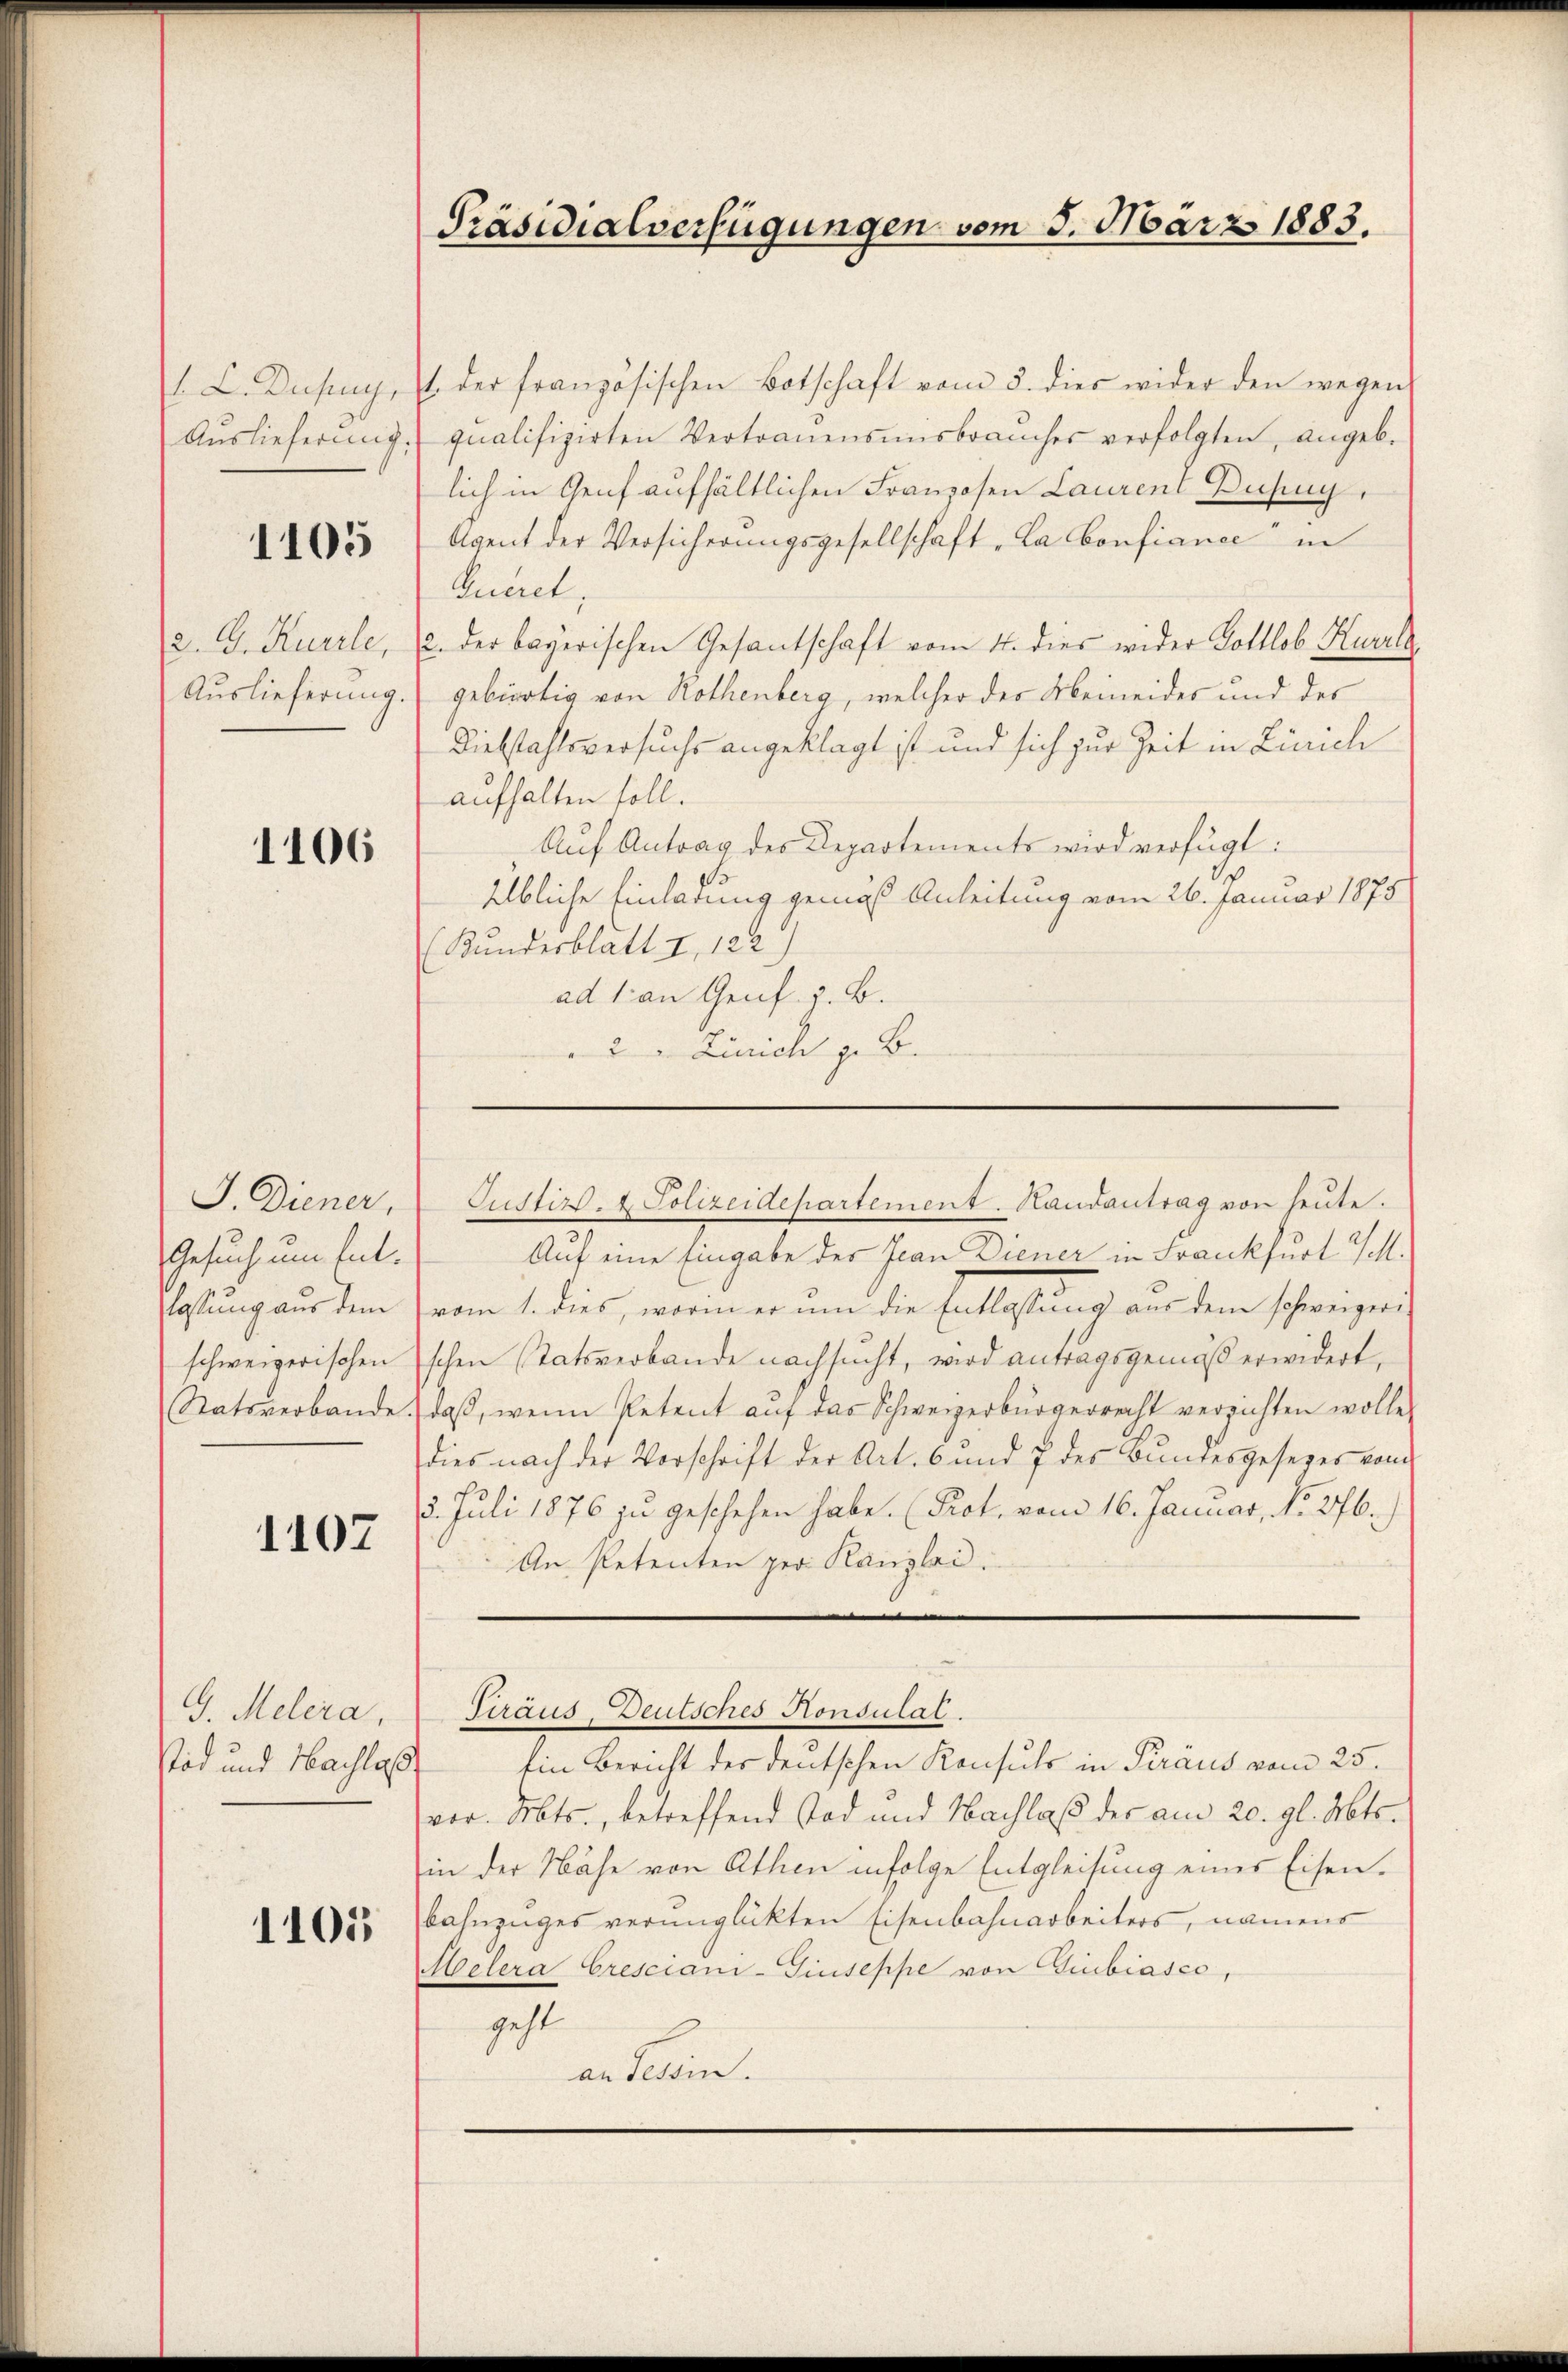
L.Dusug,
Auslieferung.

1105

2. G. Kurrle,
Auslieferung.

1106

J. Diener,
Gesuch um Entlassung aus dem
schweizerischen
Statsverbande.

1107

G. Melera,
Stid und Nachlass

1101

Präsidialverfügungen vom 5. März 1883.

1 der französischen Botschaft vom 3. dies wider den wegen
qualifizirten Vertrauensmisbrauches verfolgten, angeb.
lich in Genf aufhältlichen Franzosen Laurent Dusing,
Agent der Versicherungsgesellschaft „La Confiance in
Queret.
2. der bayerischen Gesantschaft vom 4. dies wider Gottlob Kurla
gebürtig von Rothenberg, welcher der Meineides und des
Diebstahlsversuchs angeklagt ist und sich zur Zeit in Linich
aufhalten soll.
Aŭf Antrag des Departements wird verfügt:
elbliche Einladung gemäß Anleitung vom 26. Januar 1875
(Kundesblatt I 122.)
ad 1 an Genf. z. B.
2 " Zürich z. B.

Auf eine Eingabe des Jean Diener in Frankfurt a/M.
vom 1. dies, worin er um die Entlassŭng aus dem schweizerischen Statsverbande nachsucht, wird antragsgemäß erwidert,
daß, wenn Petent auf das Schweizerbürgerrecht verzichten wolle,
dies nach der Vorschrift der Art. 6 und 7 des Bundesgesezes von
5. Juli 1876 zu geschehen habe. (Kot. vom 16. Januar, No 276.
An Petenten per Kanzlei.
Traus, Deutsches Honsulat.
Ein Bericht der deutschen Konsuls in Kraus vom 25.
vor. Mts., betreffend Tod und Nachlaß der am 20. gl. Mts.
in der Nähe von Athen infolge Entgleihung einer Eisen.
Bahnzuges verunglückten Eisenbahnarbeiters, namens
Melera Cresciani-Giuseppe von Giubiasco,
geht
an Tessin.

Justiz- & Polizeidepartement. Handantrag von heute.